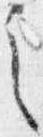
之